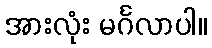
အားလုံး မင်္ဂလာပါ။